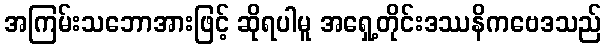
အကြမ်းသဘောအားဖြင့် ဆိုရပါမူ အရှေ့တိုင်းဒဿနိကဗေဒသည်